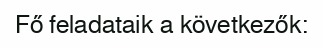
Fő feladataik a következők: